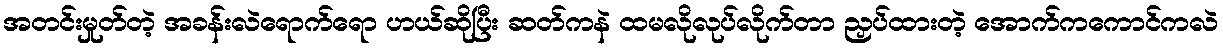
အတင်းမှုတ်တဲ့ အခန်းလဲရောက်ရော ဟယ်ဆိုပြီး ဆတ်ကနဲ ထမလိုလုပ်လိုက်တာ ညှပ်ထားတဲ့ အောက်ကကောင်ကလဲ